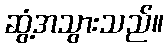
ဆွံ့အသွားသည်။